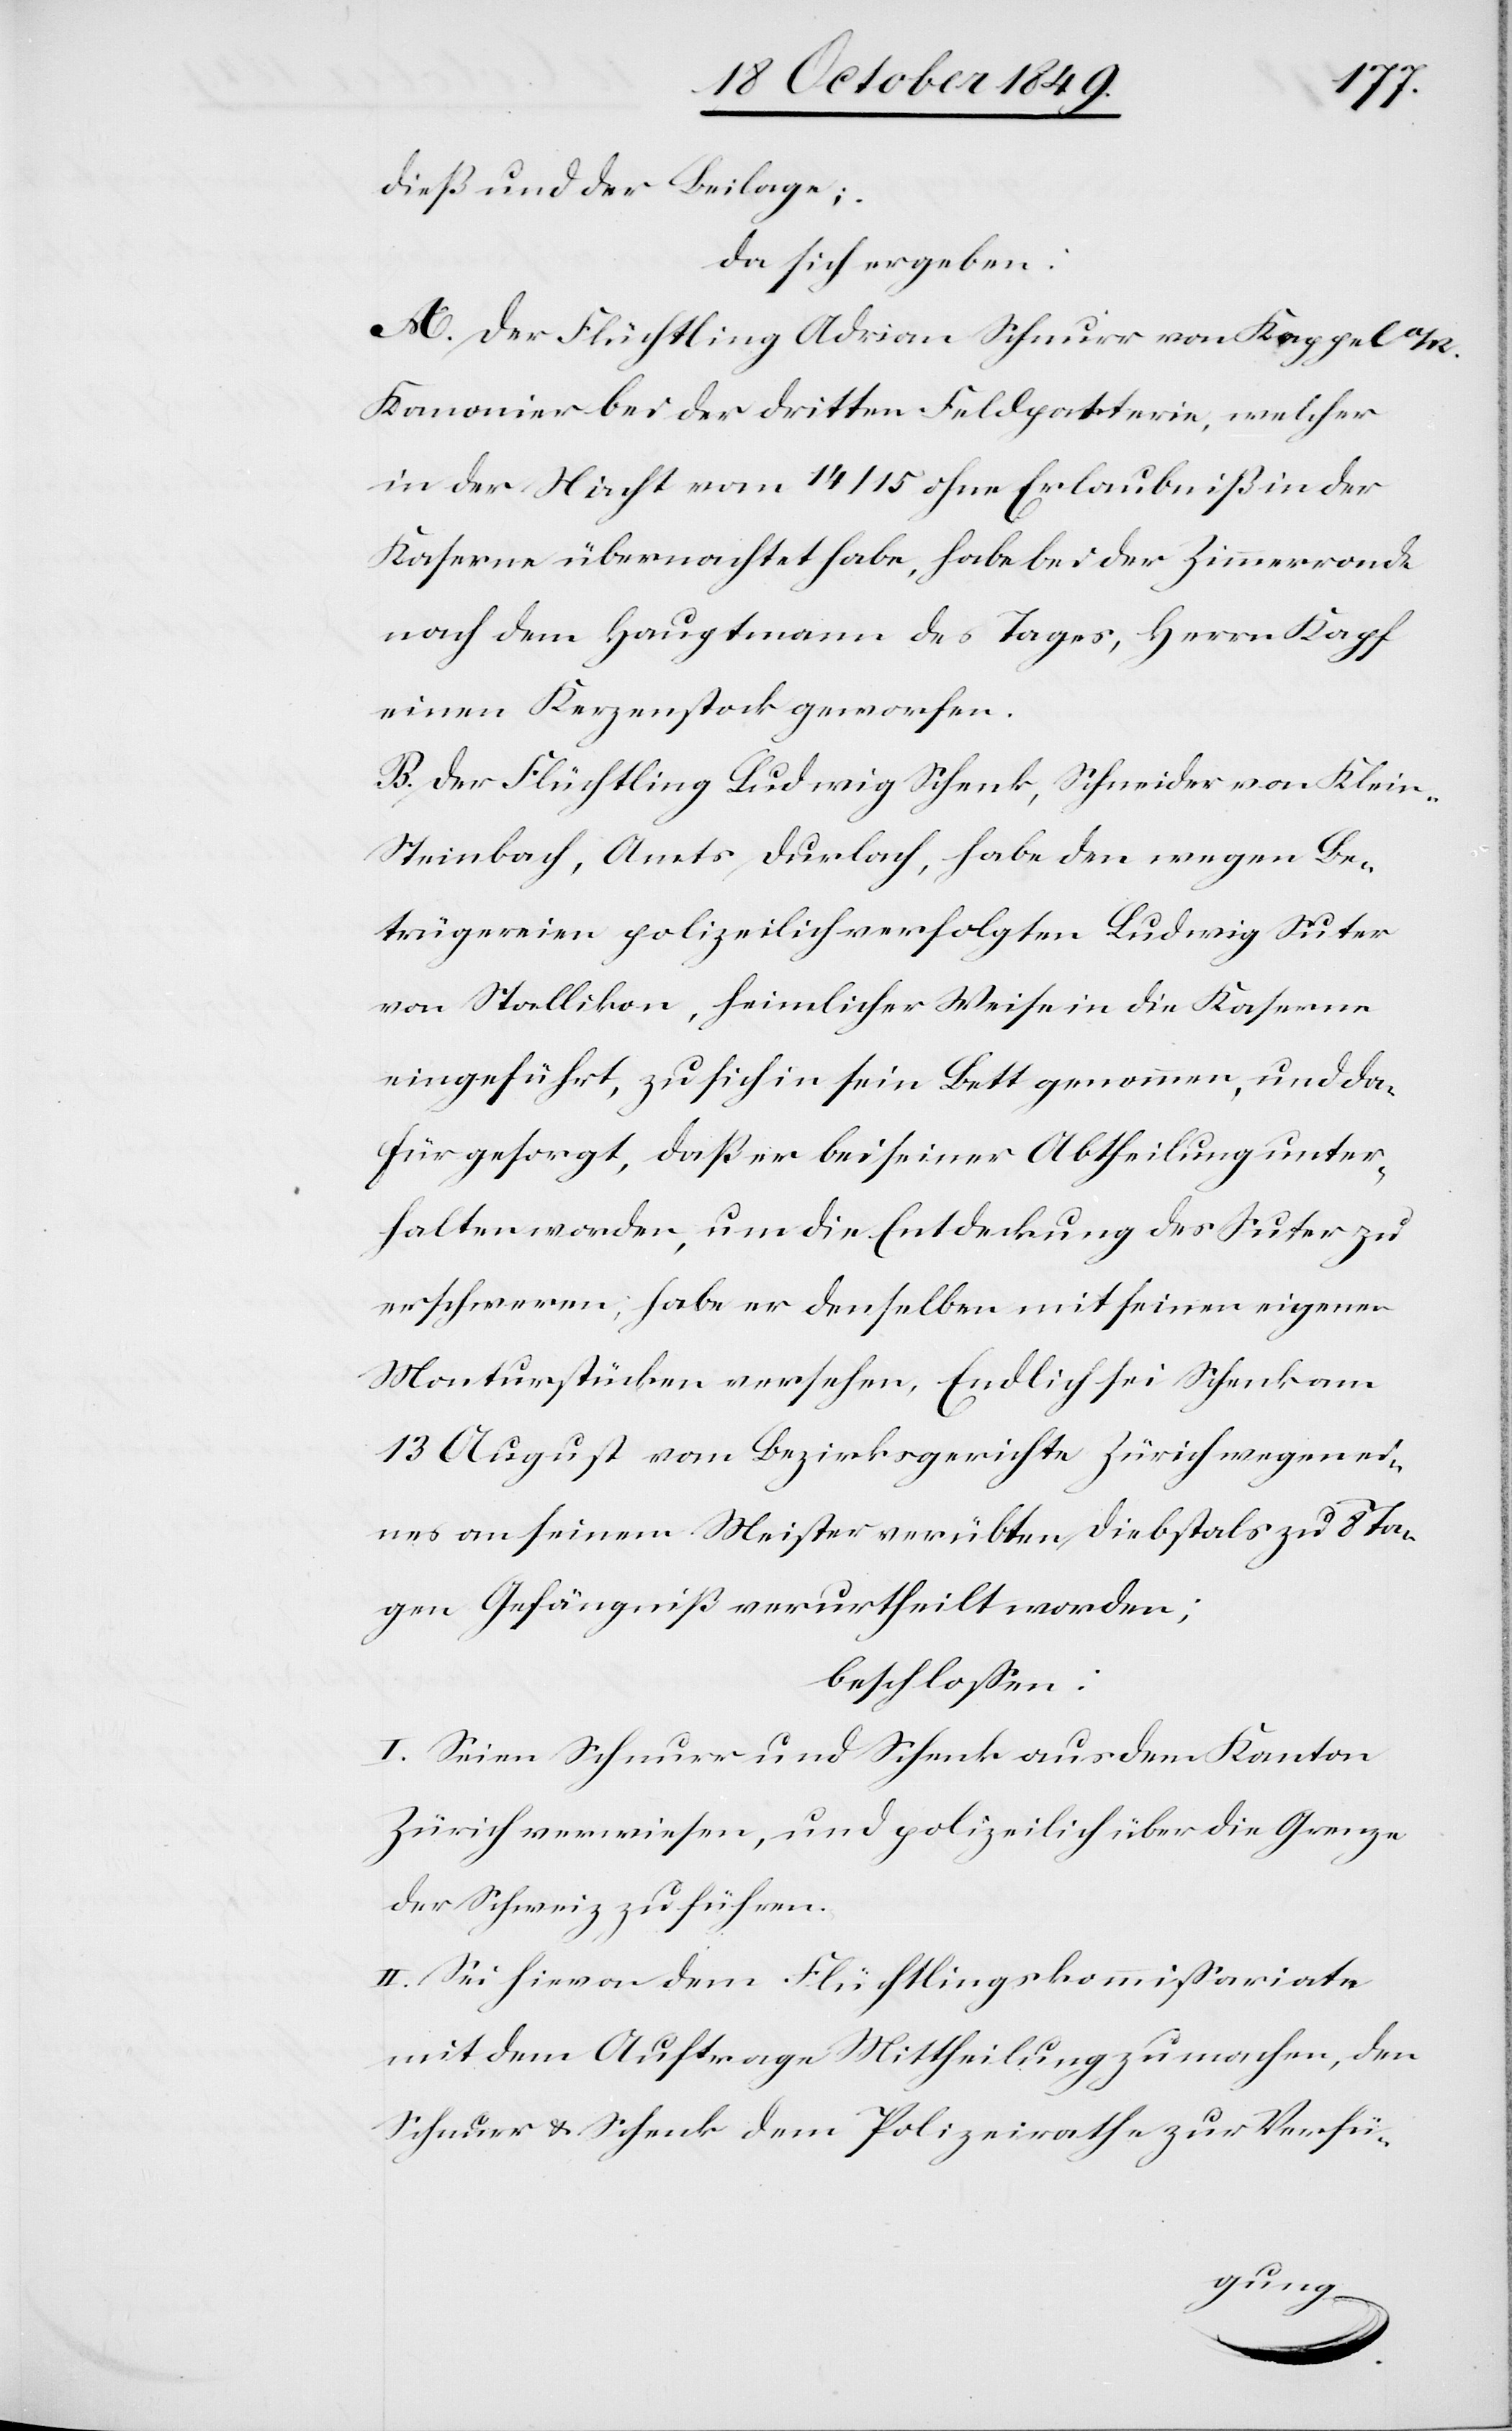
dieß und der Beilage;
da sich ergeben:
A. Der Flüchtling Adrian Schnurr von Kappel a/R.
Kanonier bei der dritten Feldpatterie, welcher
in der Nacht vom 14/15 ohne Erlaubniß in der
Kaserne übernachtet habe, habe bei der Zimmerronde
nach dem Hauptmann des Tages, Herrn Kapf
einen Kerzenstock geworfen.
B. Der Flüchtling Ludwig Schenk, Schneider von Klein-S¬
teinbach, Amts Durlach, habe den wegen Be¬
trügereien polizeilich verfolgten Ludwig Suter
von Stallikon, heimlicher Weise in die Kaserne
eingeführt, zu sich in sein Bett genommen, und da¬
für gesorgt, daß er bei seiner Abtheilung unter¬
halten worden, um die Entdeckung des Suter zu
erschweren, habe er denselben mit seinen eigenen
Monturstücken versehen. Endlich sei Schenk am
13 August vom Bezirksgerichte Zürich wegen ei¬
nes an seinem Meister verübten Diebstals zu 8 Ta¬
gen Gefängniß verurtheilt worden;
beschloßen:
I. Seien Schnurr und Schenk aus dem Kanton
Zürich verwiesen, und polizeilich über die Grenze
der Schweiz zu führen.
II. Sei hievon dem Flüchtlingskommißariate
mit dem Auftrage Mittheilung zu machen, den
Schnurr u. Schenk dem Polizeirathe zur Verfü-